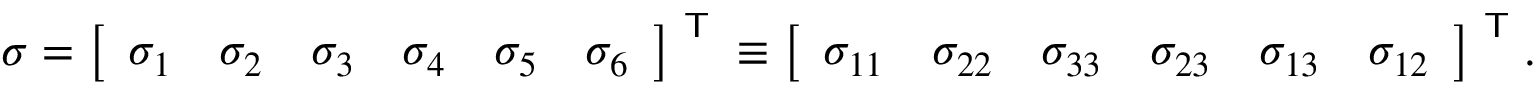
{ \boldsymbol { \sigma } } = { \left[ \begin{array} { l l l l l l } { \sigma _ { 1 } } & { \sigma _ { 2 } } & { \sigma _ { 3 } } & { \sigma _ { 4 } } & { \sigma _ { 5 } } & { \sigma _ { 6 } } \end{array} \right] } ^ { \textsf { T } } \equiv { \left[ \begin{array} { l l l l l l } { \sigma _ { 1 1 } } & { \sigma _ { 2 2 } } & { \sigma _ { 3 3 } } & { \sigma _ { 2 3 } } & { \sigma _ { 1 3 } } & { \sigma _ { 1 2 } } \end{array} \right] } ^ { \textsf { T } } .